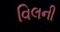
વિલની